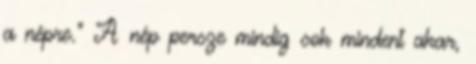
a népre.” A nép persze mindig sok mindent akar,